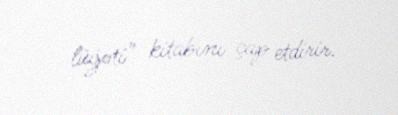
lüğəti" kitabını çap etdirir.